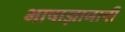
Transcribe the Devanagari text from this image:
भाषाज्ञानाची